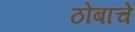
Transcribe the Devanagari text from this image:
ठोंबांचे